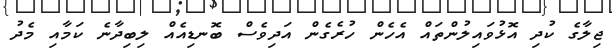
ޖިލާގެ ކުދި އޮޅުވައިލުންތައް އެހެން ހުރެގެން އަދިވެސް ބޮނޑިއެއް ލިބިދާނެ ކަމާއި މެދު